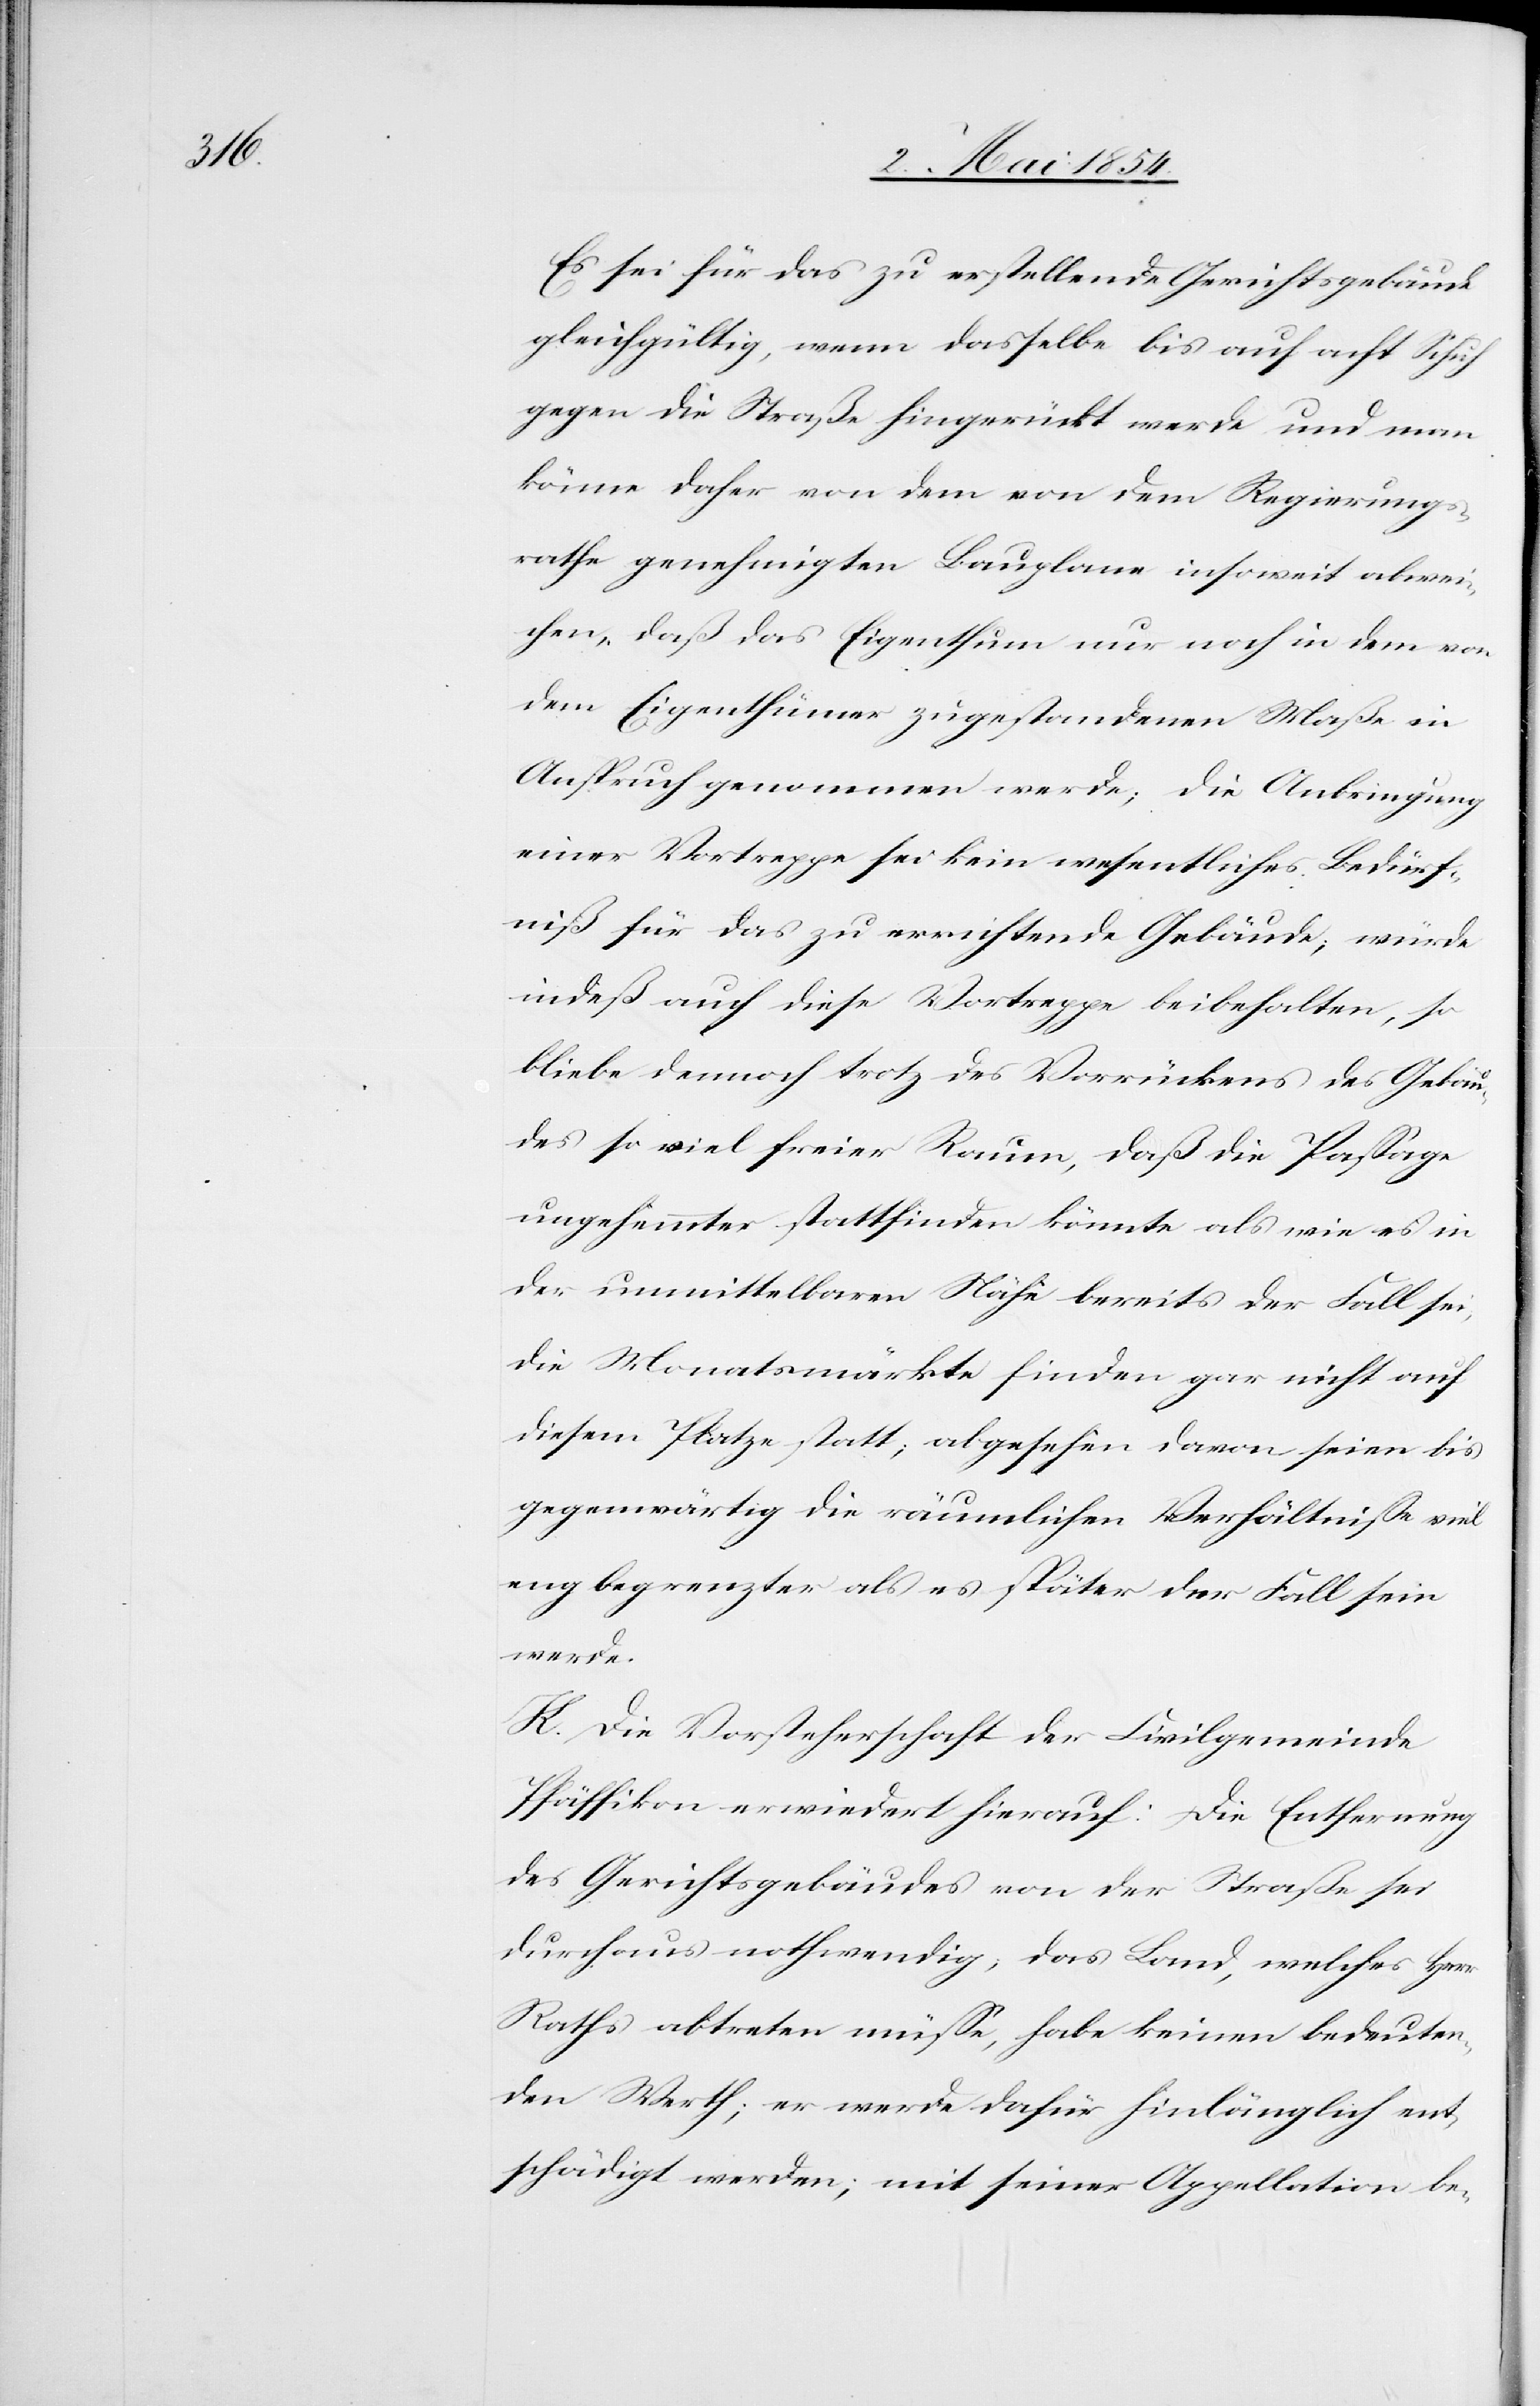
Es sei für das zu erstellende Gerichtsgebäude
gleichgültig, wenn dasselbe bis auf acht Schuh
gegen die Straße hingerückt werden und man
könne daher von dem von dem Regierungs¬
rathe genehmigten Bauplane insoweit abwei¬
chen, daß das Eigenthum nur noch in dem von
dem Eigenthümer zugestandenen Maße in
Anspruch genommen werde; die Anbringung
einer Vortreppe sei kein wesentliches Bedürf¬
niß für das zu errichtende Gebäude; würde
indeß auch diese Vortreppe beibehalten, so
bliebe dennoch trotz des Vorrückens des Gebäu¬
des so viel freier Raum, daß die Paßage
ungehemmter stattfinden könnte als wie es in
der unmittelbaren Nähe bereits der Fall sei;
die Monatsmärkte finden gar nicht auf
diesem Platze statt; abgesehen davon seien bis
gegenwärtig die räumlichen Verhältniße viel
eng begrenzter als es später der Fall sein
werde.
K. Die Vorsteherschaft der Civilgemeinde
Pfäffikon erwiedert hierauf: Die Entfernung
des Gerichtsgebäudes von der Straße sei
durchaus nothwendig; das Land, welches Herr
Raths abtreten müße, habe keinen bedeuten¬
den Werth; er werde dafür hinlänglich ent¬
schädigt werden; mit seiner Appellation be-